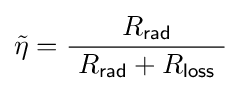
{\tilde {\eta }}={\frac {R_{\mathsf {rad}}}{\ R_{\mathsf {rad}}+R_{\mathsf {loss}}\ }}\